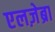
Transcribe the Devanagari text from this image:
एलज़ेब्रा